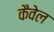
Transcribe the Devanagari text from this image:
कैवेल